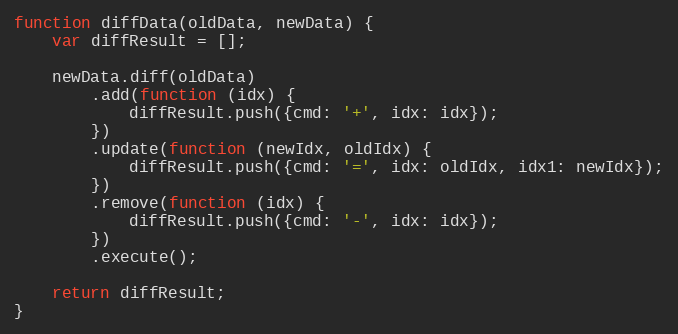
Language: JavaScript
function diffData(oldData, newData) {
    var diffResult = [];

    newData.diff(oldData)
        .add(function (idx) {
            diffResult.push({cmd: '+', idx: idx});
        })
        .update(function (newIdx, oldIdx) {
            diffResult.push({cmd: '=', idx: oldIdx, idx1: newIdx});
        })
        .remove(function (idx) {
            diffResult.push({cmd: '-', idx: idx});
        })
        .execute();

    return diffResult;
}